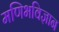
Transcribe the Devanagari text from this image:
मणिभविज्ञान